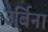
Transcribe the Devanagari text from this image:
उर्बिना